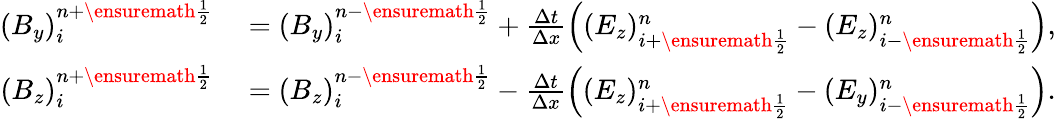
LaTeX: \begin{array}{rl}{(B_{y})_{i}^{n+\ensuremath{{\frac{1}{2}}}}}&{{}=(B_{y})_{i}^{n-\ensuremath{{\frac{1}{2}}}}+\frac{\Delta t}{\Delta x}\left((E_{z})_{i+\ensuremath{{\frac{1}{2}}}}^{n}-(E_{z})_{i-\ensuremath{{\frac{1}{2}}}}^{n}\right),}\\ {(B_{z})_{i}^{n+\ensuremath{{\frac{1}{2}}}}}&{{}=(B_{z})_{i}^{n-\ensuremath{{\frac{1}{2}}}}-\frac{\Delta t}{\Delta x}\left((E_{z})_{i+\ensuremath{{\frac{1}{2}}}}^{n}-(E_{y})_{i-\ensuremath{{\frac{1}{2}}}}^{n}\right).}\end{array}